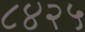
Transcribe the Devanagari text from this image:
८४२५